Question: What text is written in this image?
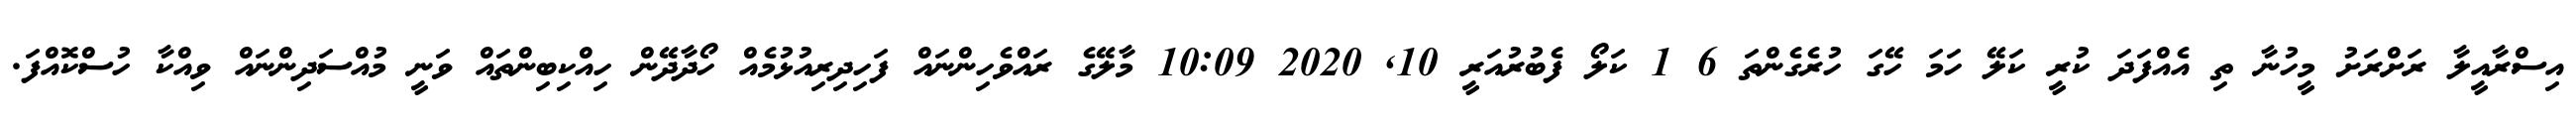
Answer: އިސްރާއީލާ ރަށްރަށު މީހުނާ ތި އެއްފަދަ ކުރީ ކަލޭ ހަމަ ހޭގަ ހުރެގެންތަ 6 1 ކަލޯ ފެބުރުއަރީ 10, 2020 10:09 މާލޭގެ ރައްވެހިންނައް ފަހިދިރިއުޅުމެއް ހޯދާދޭން ހިއްކިބިންތައް ވަނީ މުއްސަދިންނައް ވިއްކާ ހުސްކޮއްފަ.